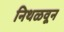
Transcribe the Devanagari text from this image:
निथळवून